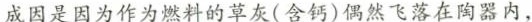
成因是因为作为燃料的草灰（含钙）偶然飞落在陶器内，